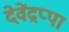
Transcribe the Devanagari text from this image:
देवेंद्रप्पा